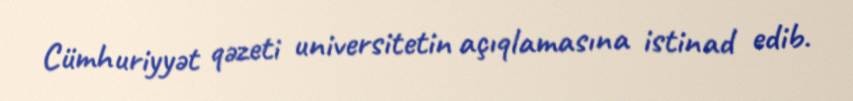
Cümhuriyyət qəzeti universitetin açıqlamasına istinad edib.